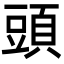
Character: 頭